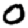
Digit: 0